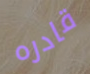
قادره